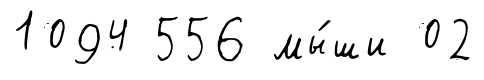
1094 556 мы́ши 02